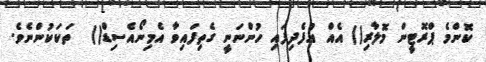
ކޮންމެ ޕްރޮޓީން މޮލާރި() އެއް އުފެދިފައި ހުންނަނީ ގެތިފައިވާ އެމިނޯއެސިޑް()  ތަކަކުންނެވެ.